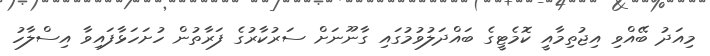
މިއަދު ބޭއްވި އިޖުތިމާއީ ކޮމެޓީގެ ބައްދަލުވުމުގައި ގާނޫނަށް ސަރުކާރުގެ ފަރާތުން ހުށަހަޅާފައިވާ އިސްލާހު